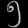
Digit: ၅